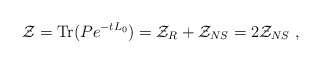
\begin{align*}{\cal Z}=\mathrm{Tr}( P e^{-tL_0})={\cal Z}_R+{\cal Z}_{NS}=2{\cal Z}_{NS}\ ,\end{align*}